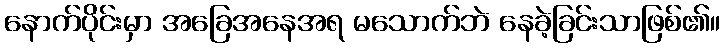
နောက်ပိုင်းမှာ အခြေအနေအရ မသောက်ဘဲ နေခဲ့ခြင်းသာဖြစ်၏။